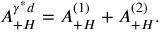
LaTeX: { \cal A } _ { + H } ^ { \gamma ^ { * } d } = { \cal A } _ { + H } ^ { ( 1 ) } + { \cal A } _ { + H } ^ { ( 2 ) } .